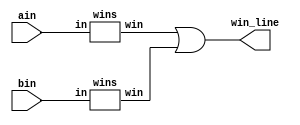
// DetectWinner
// Detects whether either ain or bin has three in a row 
// Inputs:
//   ain, bin - (9-bit) current positions of type a and b
// Out:
//   win_line - (8-bit) if A/B wins, one hot indicates along which row, col or diag
//   win_line(0) = 1 means a win in row 8 7 6 (i.e., either ain or bin has all ones in this row) !
//   win_line(1) = 1 means a win in row 5 4 3 !
//   win_line(2) = 1 means a win in row 2 1 0 !
//   win_line(3) = 1 means a win in col 8 5 2 !
//   win_line(4) = 1 means a win in col 7 4 1 !
//   win_line(5) = 1 means a win in col 6 3 0 !
//   win_line(6) = 1 means a win along the downward diagonal 8 4 0 !
//   win_line(7) = 1 means a win along the upward diagonal 2 4 6

module DetectWinner( input [8:0] ain, bin, output [7:0] win_line );
  // CPEN 211 LAB 3, PART 1: your implementation goes here

   wire [7:0] winx, wino;

   // insantiation of two different modules for wins to determine if an 
   // input wins the game
	wins winain(ain, winx);
	wins winbin(bin, wino);

    // Or the two ouputs together and see if there is a winner for the game
	assign win_line = winx|wino;
endmodule

module wins(input [8:0]in, output reg [7:0] win);
     
	// Whenever the input changes value, check if the input wins the game at
        // a particular position
        // if there is no winner, outpus 8 bits 0s.
	always @(in)begin
		casex(in)
		9'b111xxxxxx: win = 8'b00000001;
		9'bxxx111xxx: win = 8'b00000010;
		9'bxxxxxx111: win = 8'b00000100;
		9'b1xx1xx1xx: win = 8'b00001000;
		9'bx1xx1xx1x: win = 8'b00010000;
		9'bxx1xx1xx1: win = 8'b00100000;
		9'b1xxx1xxx1: win = 8'b01000000;
		9'bxx1x1x1xx: win = 8'b10000000;
	default : win = 8'b00000000;
  endcase
end


endmodule